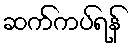
ဆက်ကပ်ရန်